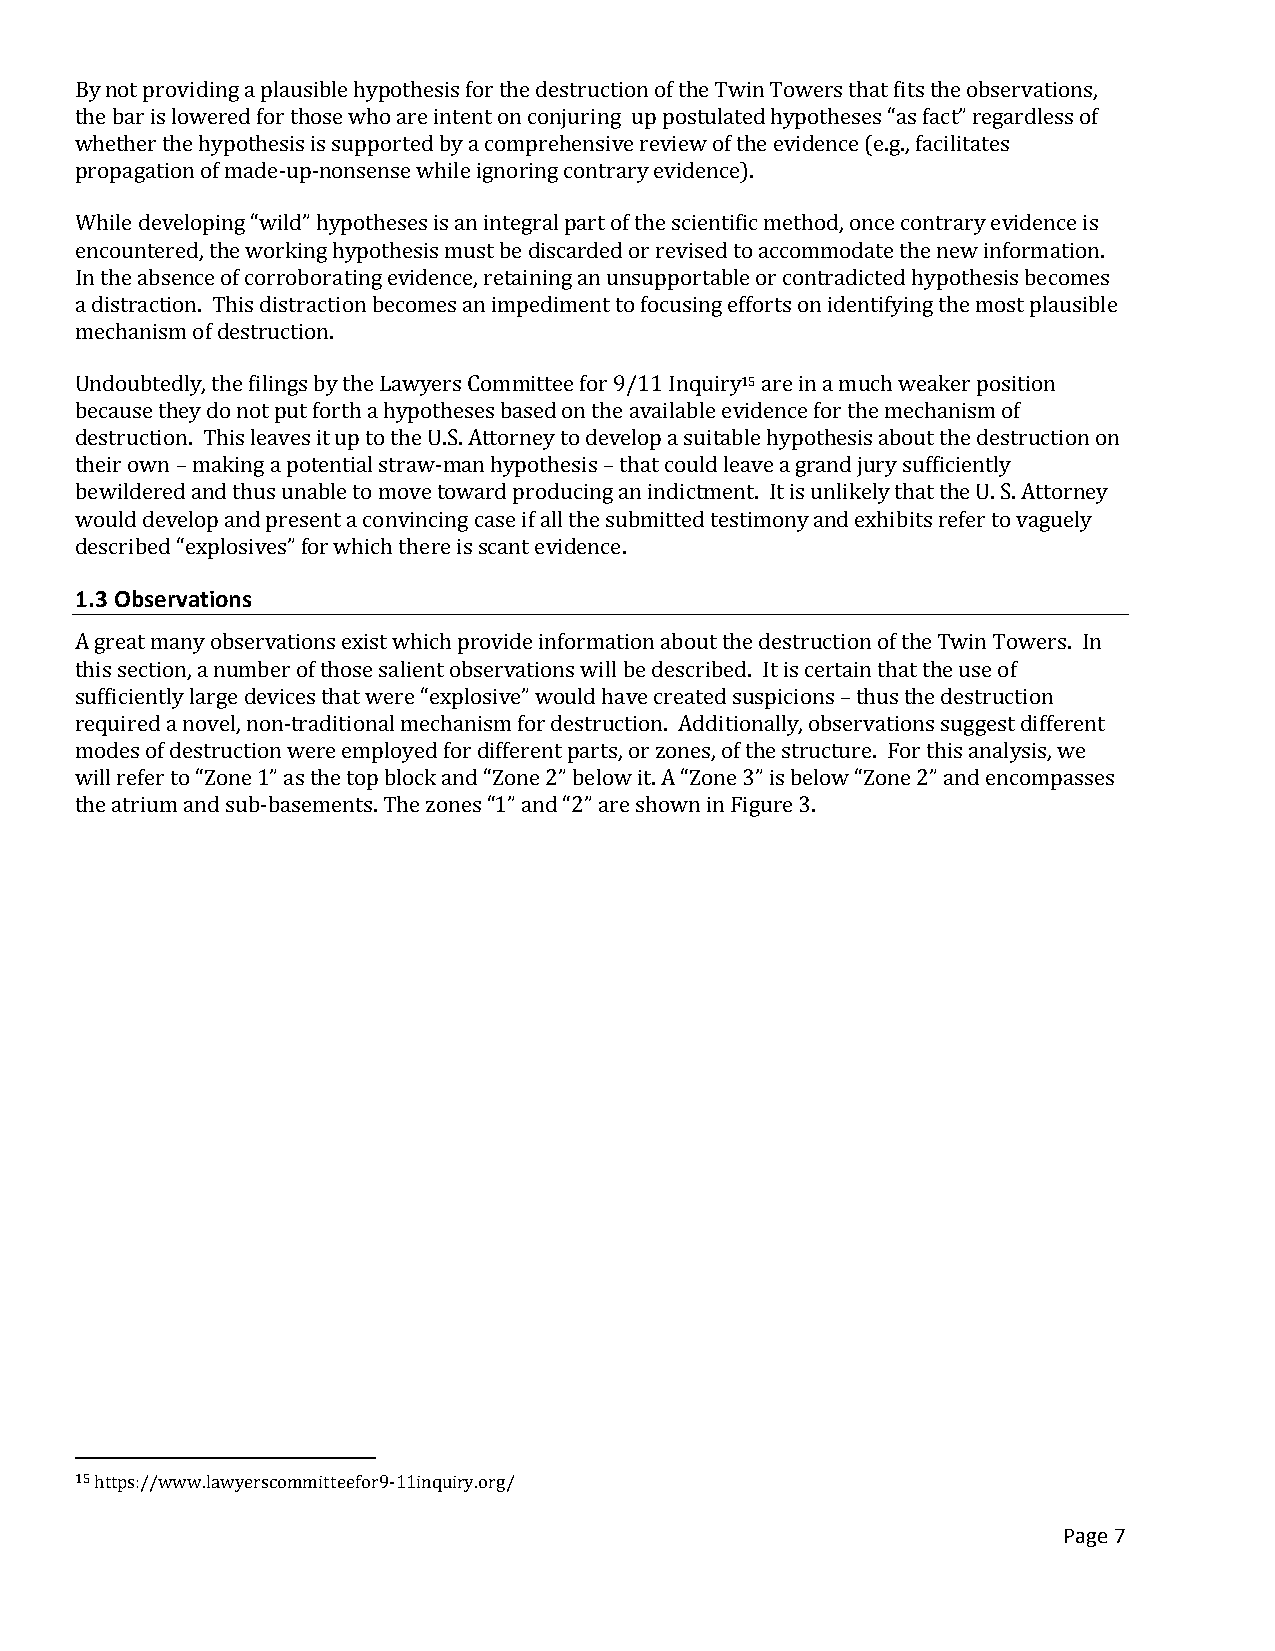
By not providing a plausible hypothesis for the destruction of the Twin Towers that fits the observations,
 the bar is lowered for those who are intent on conjuring up postulated hypotheses “as fact” regardless of
 whether the hypothesis is supported by a comprehensive review of the evidence (e.g., facilitates
 propagation of made-up-nonsense while ignoring contrary evidence).
 While developing “wild” hypotheses is an integral part of the scientific method, once contrary evidence is
 encountered, the working hypothesis must be discarded or revised to accommodate the new information.
 In the absence of corroborating evidence, retaining an unsupportable or contradicted hypothesis becomes
 a distraction. This distraction becomes an impediment to focusing efforts on identifying the most plausible
 mechanism of destruction.
 Undoubtedly, the filings by the Lawyers Committee for 9/11 Inquiry15 are in a much weaker position
 because they do not put forth a hypotheses based on the available evidence for the mechanism of
 destruction. This leaves it up to the U.S. Attorney to develop a suitable hypothesis about the destruction on
 their own – making a potential straw-man hypothesis – that could leave a grand jury sufficiently
 bewildered and thus unable to move toward producing an indictment. It is unlikely that the U. S. Attorney
 would develop and present a convincing case if all the submitted testimony and exhibits refer to vaguely
 described “explosives” for which there is scant evidence.
 1.3 Observations
 A great many observations exist which provide information about the destruction of the Twin Towers. In
 this section, a number of those salient observations will be described. It is certain that the use of
 sufficiently large devices that were “explosive” would have created suspicions – thus the destruction
 required a novel, non-traditional mechanism for destruction. Additionally, observations suggest different
 modes of destruction were employed for different parts, or zones, of the structure. For this analysis, we
 will refer to “Zone 1” as the top block and “Zone 2” below it. A “Zone 3” is below “Zone 2” and encompasses
 the atrium and sub-basements. The zones “1” and “2” are shown in Figure 3.
 15 https://www.lawyerscommitteefor9-11inquiry.org/
 Page 7